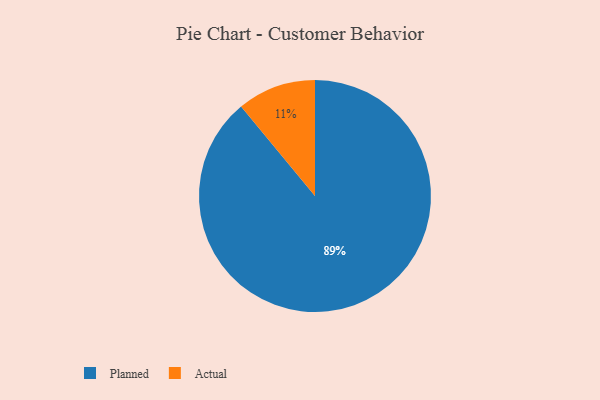
{"axis": {"x": "Category", "y": "Percentage"}, "legend": ["Actual", "Planned"], "data": [{"x": "Actual", "y": 11, "type": "Actual"}, {"x": "Planned", "y": 89, "type": "Planned"}]}